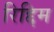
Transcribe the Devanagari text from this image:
रिद्दिम